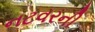
નટવરની